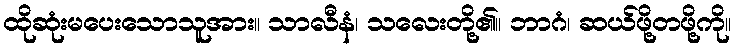
ထိုဆုံးမပေးသောသူအား။ သာလီနံ၊ သလေးတို့၏။ ဘာဂံ၊ ဆယ်ဖို့တဖို့ကို။